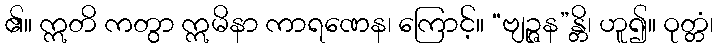
၏။ ဣတိ ကတွာ ဣမိနာ ကာရဏေန၊ ကြောင့်။ “ဗျဉ္ဇန”န္တိ၊ ဟူ၍။ ဝုတ္တံ၊